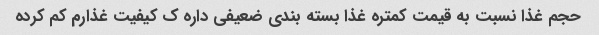
حجم غذا نسبت به قیمت کمتره غذا بسته بندی ضعیفی داره ک کیفیت غذارم کم کرده